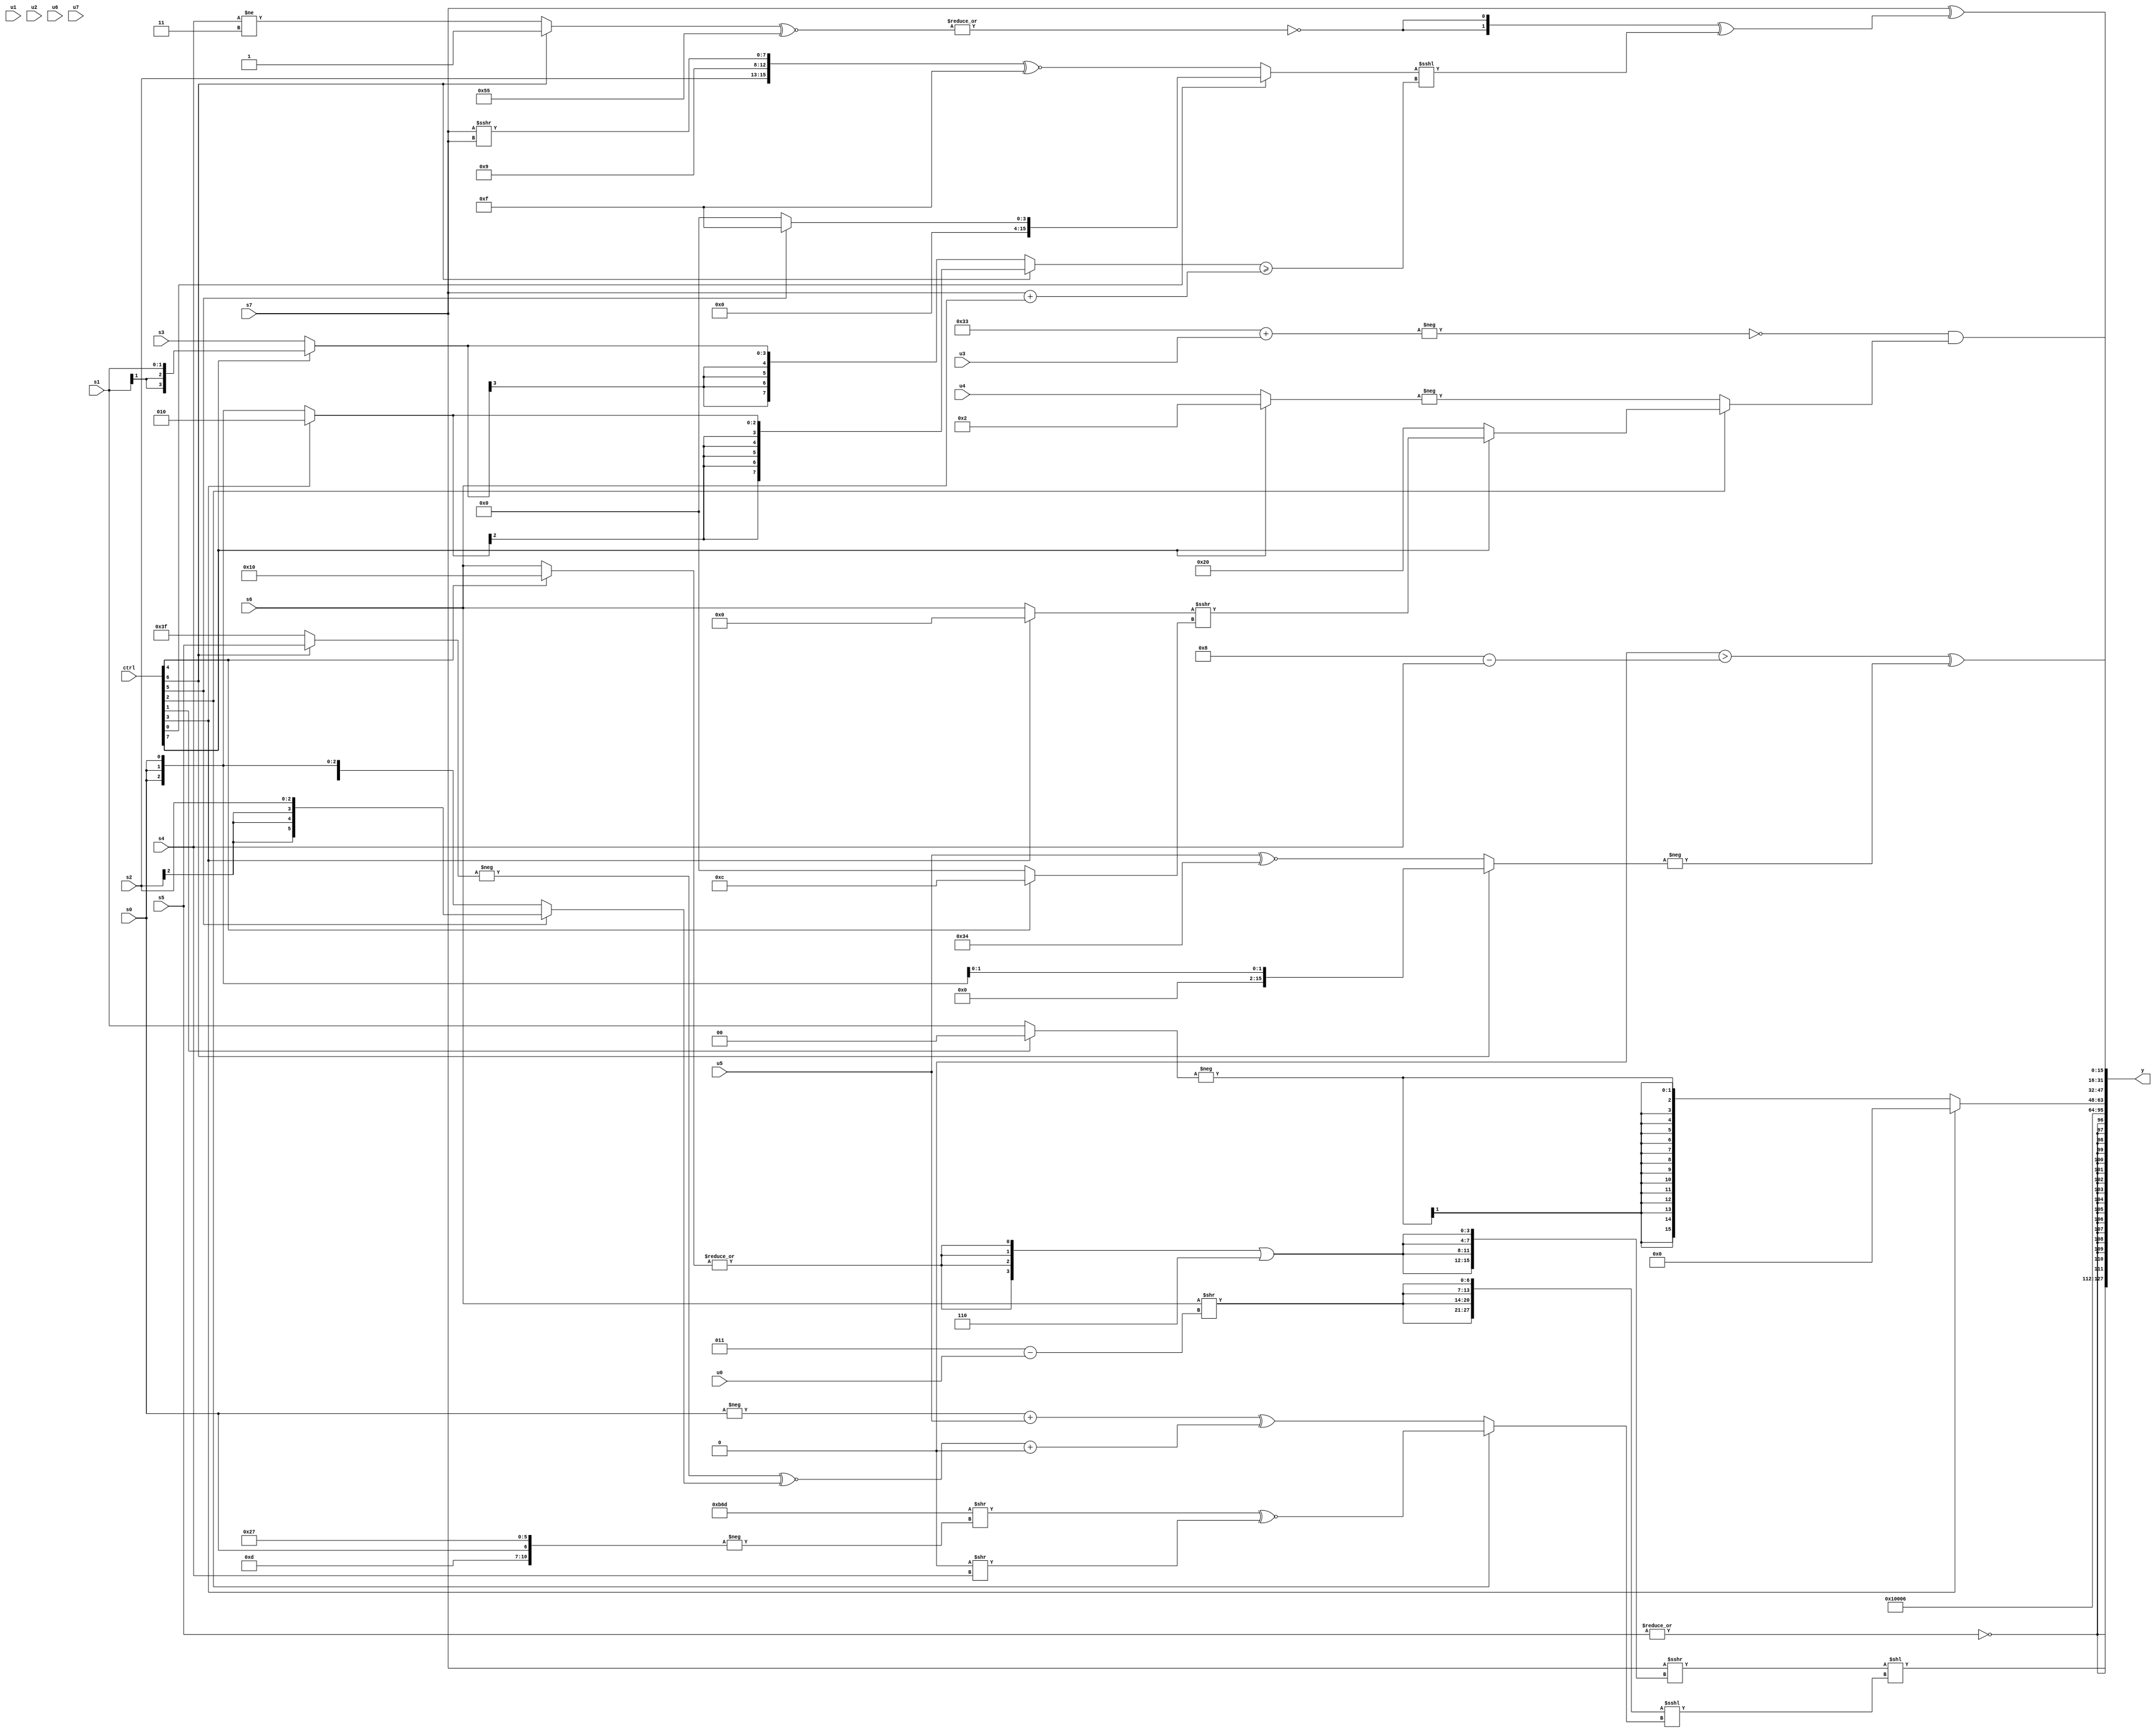
module wideexpr_00323(ctrl, u0, u1, u2, u3, u4, u5, u6, u7, s0, s1, s2, s3, s4, s5, s6, s7, y);
  input [7:0] ctrl;
  input [0:0] u0;
  input [1:0] u1;
  input [2:0] u2;
  input [3:0] u3;
  input [4:0] u4;
  input [5:0] u5;
  input [6:0] u6;
  input [7:0] u7;
  input signed [0:0] s0;
  input signed [1:0] s1;
  input signed [2:0] s2;
  input signed [3:0] s3;
  input signed [4:0] s4;
  input signed [5:0] s5;
  input signed [6:0] s6;
  input signed [7:0] s7;
  output [127:0] y;
  wire [15:0] y0;
  wire [15:0] y1;
  wire [15:0] y2;
  wire [15:0] y3;
  wire [15:0] y4;
  wire [15:0] y5;
  wire [15:0] y6;
  wire [15:0] y7;
  assign y = {y0,y1,y2,y3,y4,y5,y6,y7};
  assign y0 = (+((s7)>>>({4{({4{|((ctrl[4]?$signed(6'sb010000):s6))}})|(3'b110)}})))<<(({4{(s6)>>(($signed($signed($signed(3'sb011))))-(($signed(u0))>>>(($signed($signed(s2)))<<($signed($signed(6'b011001))))))}})<<<((ctrl[2]?$signed(($signed(({4{3'sb101}})>>(-({4'sb1101,s0,6'sb100111}))))^~((1'sb0)>>(s4))):((-(s0))+(+(u5)))^(($signed((-((ctrl[6]?s5:1'sb1)))^~((ctrl[5]?s2:$signed(s0)))))+(+(((1'sb1)>>({3{2'sb10}}))>>>($signed($signed(4'sb1111)))))))));
  assign y1 = $signed(+(~|(s5)));
  assign y2 = 1'b1;
  assign y3 = 3'b110;
  assign y4 = (ctrl[3]?$signed(({2'sb00,(ctrl[0]?(u3)>(((s5)+(s0))<<<((ctrl[3]?s4:6'sb011010))):(($signed(4'b1111))+((s1)^~(u2)))^~({s6})),+($signed(1'sb0))})>>>(5'sb11010)):$signed(-(((ctrl[1]?1'sb0:s1))<<<(+((((5'sb01100)<<(s2))<<(1'sb1))<<<((5'sb11000)<<((s0)<<(6'sb010110))))))));
  assign y5 = (s7)^(({2{~|(((ctrl[6]?(1'b1)>>(2'sb00):(s4)!=(4'b0011)))^~({4{$signed(2'sb01)}}))}})^(((ctrl[0]?(ctrl[5]?5'b01111:((4'sb0101)<=(s3))>>>(2'b01)):({s2,5'sb01001,(s7)>>>(s7)})^~($signed({2{2'sb11}}))))<<<({((ctrl[6]?(ctrl[3]?3'sb010:s0):(ctrl[7]?s1:s3)))>=(($signed(s7))+($signed(s6)))})));
  assign y6 = (+(($signed(3'sb000))>(($signed(-(6'b111000)))-(s4))))^(+(-((ctrl[6]?$unsigned({2{s0}}):({1{$signed(u5)}})^~(6'sb110100)))));
  assign y7 = (($signed(~(-((6'sb110011)+(u3)))))&((ctrl[2]?(ctrl[7]?((ctrl[3]?1'sb0:s6))>>>((ctrl[4]?4'sb1100:3'sb000)):$signed((ctrl[2]?6'sb100000:2'sb01))):-(((ctrl[7]?4'b0010:u4))<<(&(4'b0110))))))>>(2'sb00);
endmodule